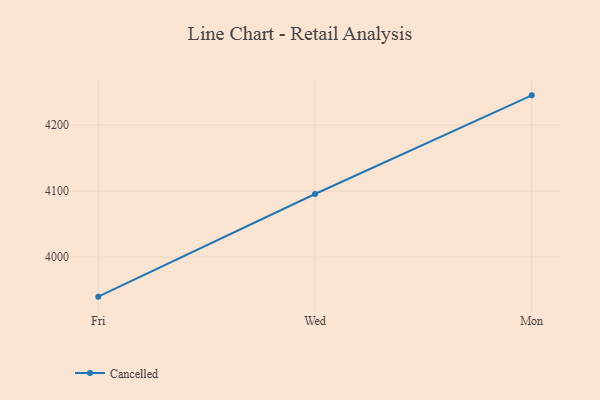
{"axis": {"x": "Day", "y": "Inventory Turnover"}, "legend": ["Cancelled"], "data": [{"x": "Fri", "y": 3940.0, "type": "Cancelled"}, {"x": "Wed", "y": 4095.6, "type": "Cancelled"}, {"x": "Mon", "y": 4245.1, "type": "Cancelled"}]}